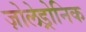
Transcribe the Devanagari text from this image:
ज़ोलेड्रोनिक